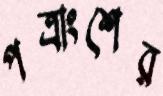
পত্রাংশের